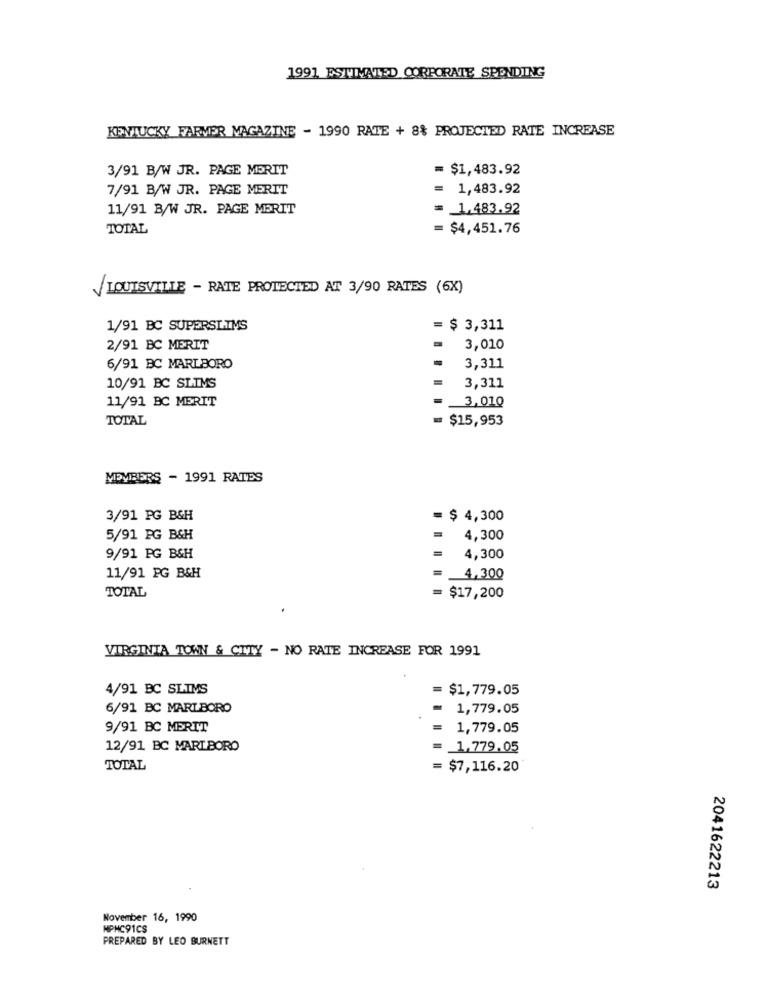
1991 ESTIMATED CORPORATE SPENDING
KENTUCKY FARVER MAGAZINE - 1990 RATE + 8% PROJECTED RATE INCREASE
3/91 B/W JR. PAGE MERIT
= $1,483.92
7/91 B/W JR. PAGE MERIT
1,483.92
11/91 B/W JR. PAGE MERIT
= 1.483.92
TOTAL
= $4,451.76
LOUISVILLE - RATE PROTECTED AT 3/90 RATES (6X)
1/91 BC SUPERSLIMS
= $ 3,311
2/91 BC MERIT
3,010
6/91 BC MARLBORO
3,311
10/91 BC SLIMS
3,311
11/91 BC MERIT
3,010
TOTAL
= $15,953
MEMBERS - 1991 RATES
3/91 PG B&H
= $ 4,300
5/91 PG B&H
4,300
9/91 PG B&H
4,300
11/91 PG B&H
4,300
TOTAL
= $17,200
VIRGINIA TOWN & CITY - NO RATE INCREASE FOR 1991
4/91 BC SLIMS
= $1,779.05
6/91 BC MARLBORO
= 1,779.05
9/91 BC MERIT
1,779.05
12/91 BC MARLBORO
1.779.05
TOTAL
= $7,116.20
2041622213
November 16, 1990
MPHC91CS
PREPARED BY LEO BURNETT